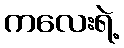
ကလေးရဲ့